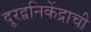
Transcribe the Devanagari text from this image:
दूरद्वनिकेंद्राची